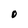
Character: O